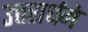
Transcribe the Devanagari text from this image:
उत्तरार्धमे